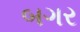
બગર